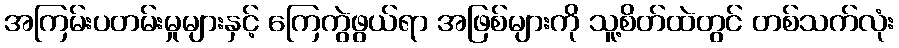
အကြမ်းပတမ်းမှုများနှင့် ကြေကွဲဖွယ်ရာ အဖြစ်များကို သူ့စိတ်ထဲတွင် တစ်သက်လုံး